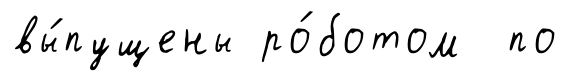
вы́пущены ро́ботом по